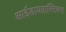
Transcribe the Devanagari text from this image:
आईडायग्नास्टिक्स